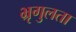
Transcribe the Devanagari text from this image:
भ्रृगुलता